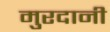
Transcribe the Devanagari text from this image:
मुरदानी